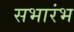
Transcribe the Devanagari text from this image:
सभारंभ